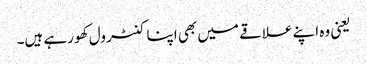
یعنی وہ اپنے علاقے میں بھی اپنا کنٹرول کھو رہے ہیں۔